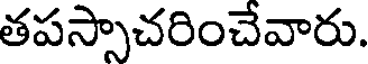
తపస్సాచరించేవారు.